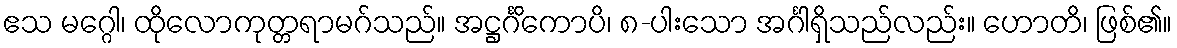
ဧသ မဂ္ဂေါ၊ ထိုလောကုတ္တရာမဂ်သည်။ အဋ္ဌင်္ဂိကောပိ၊ ၈-ပါးသော အင်္ဂါရှိသည်လည်း။ ဟောတိ၊ ဖြစ်၏။